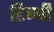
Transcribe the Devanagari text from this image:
डिग्वी